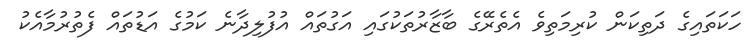
ހަކަތައިގެ ދަތިކަން ކުރިމަތިވެ އެތެރޭގެ ބާޒާރުތަކުގައި އަގުތައް އުފުލިދާނެ ކަމުގެ އަޑުތައް ފެތުރުމާއެކު